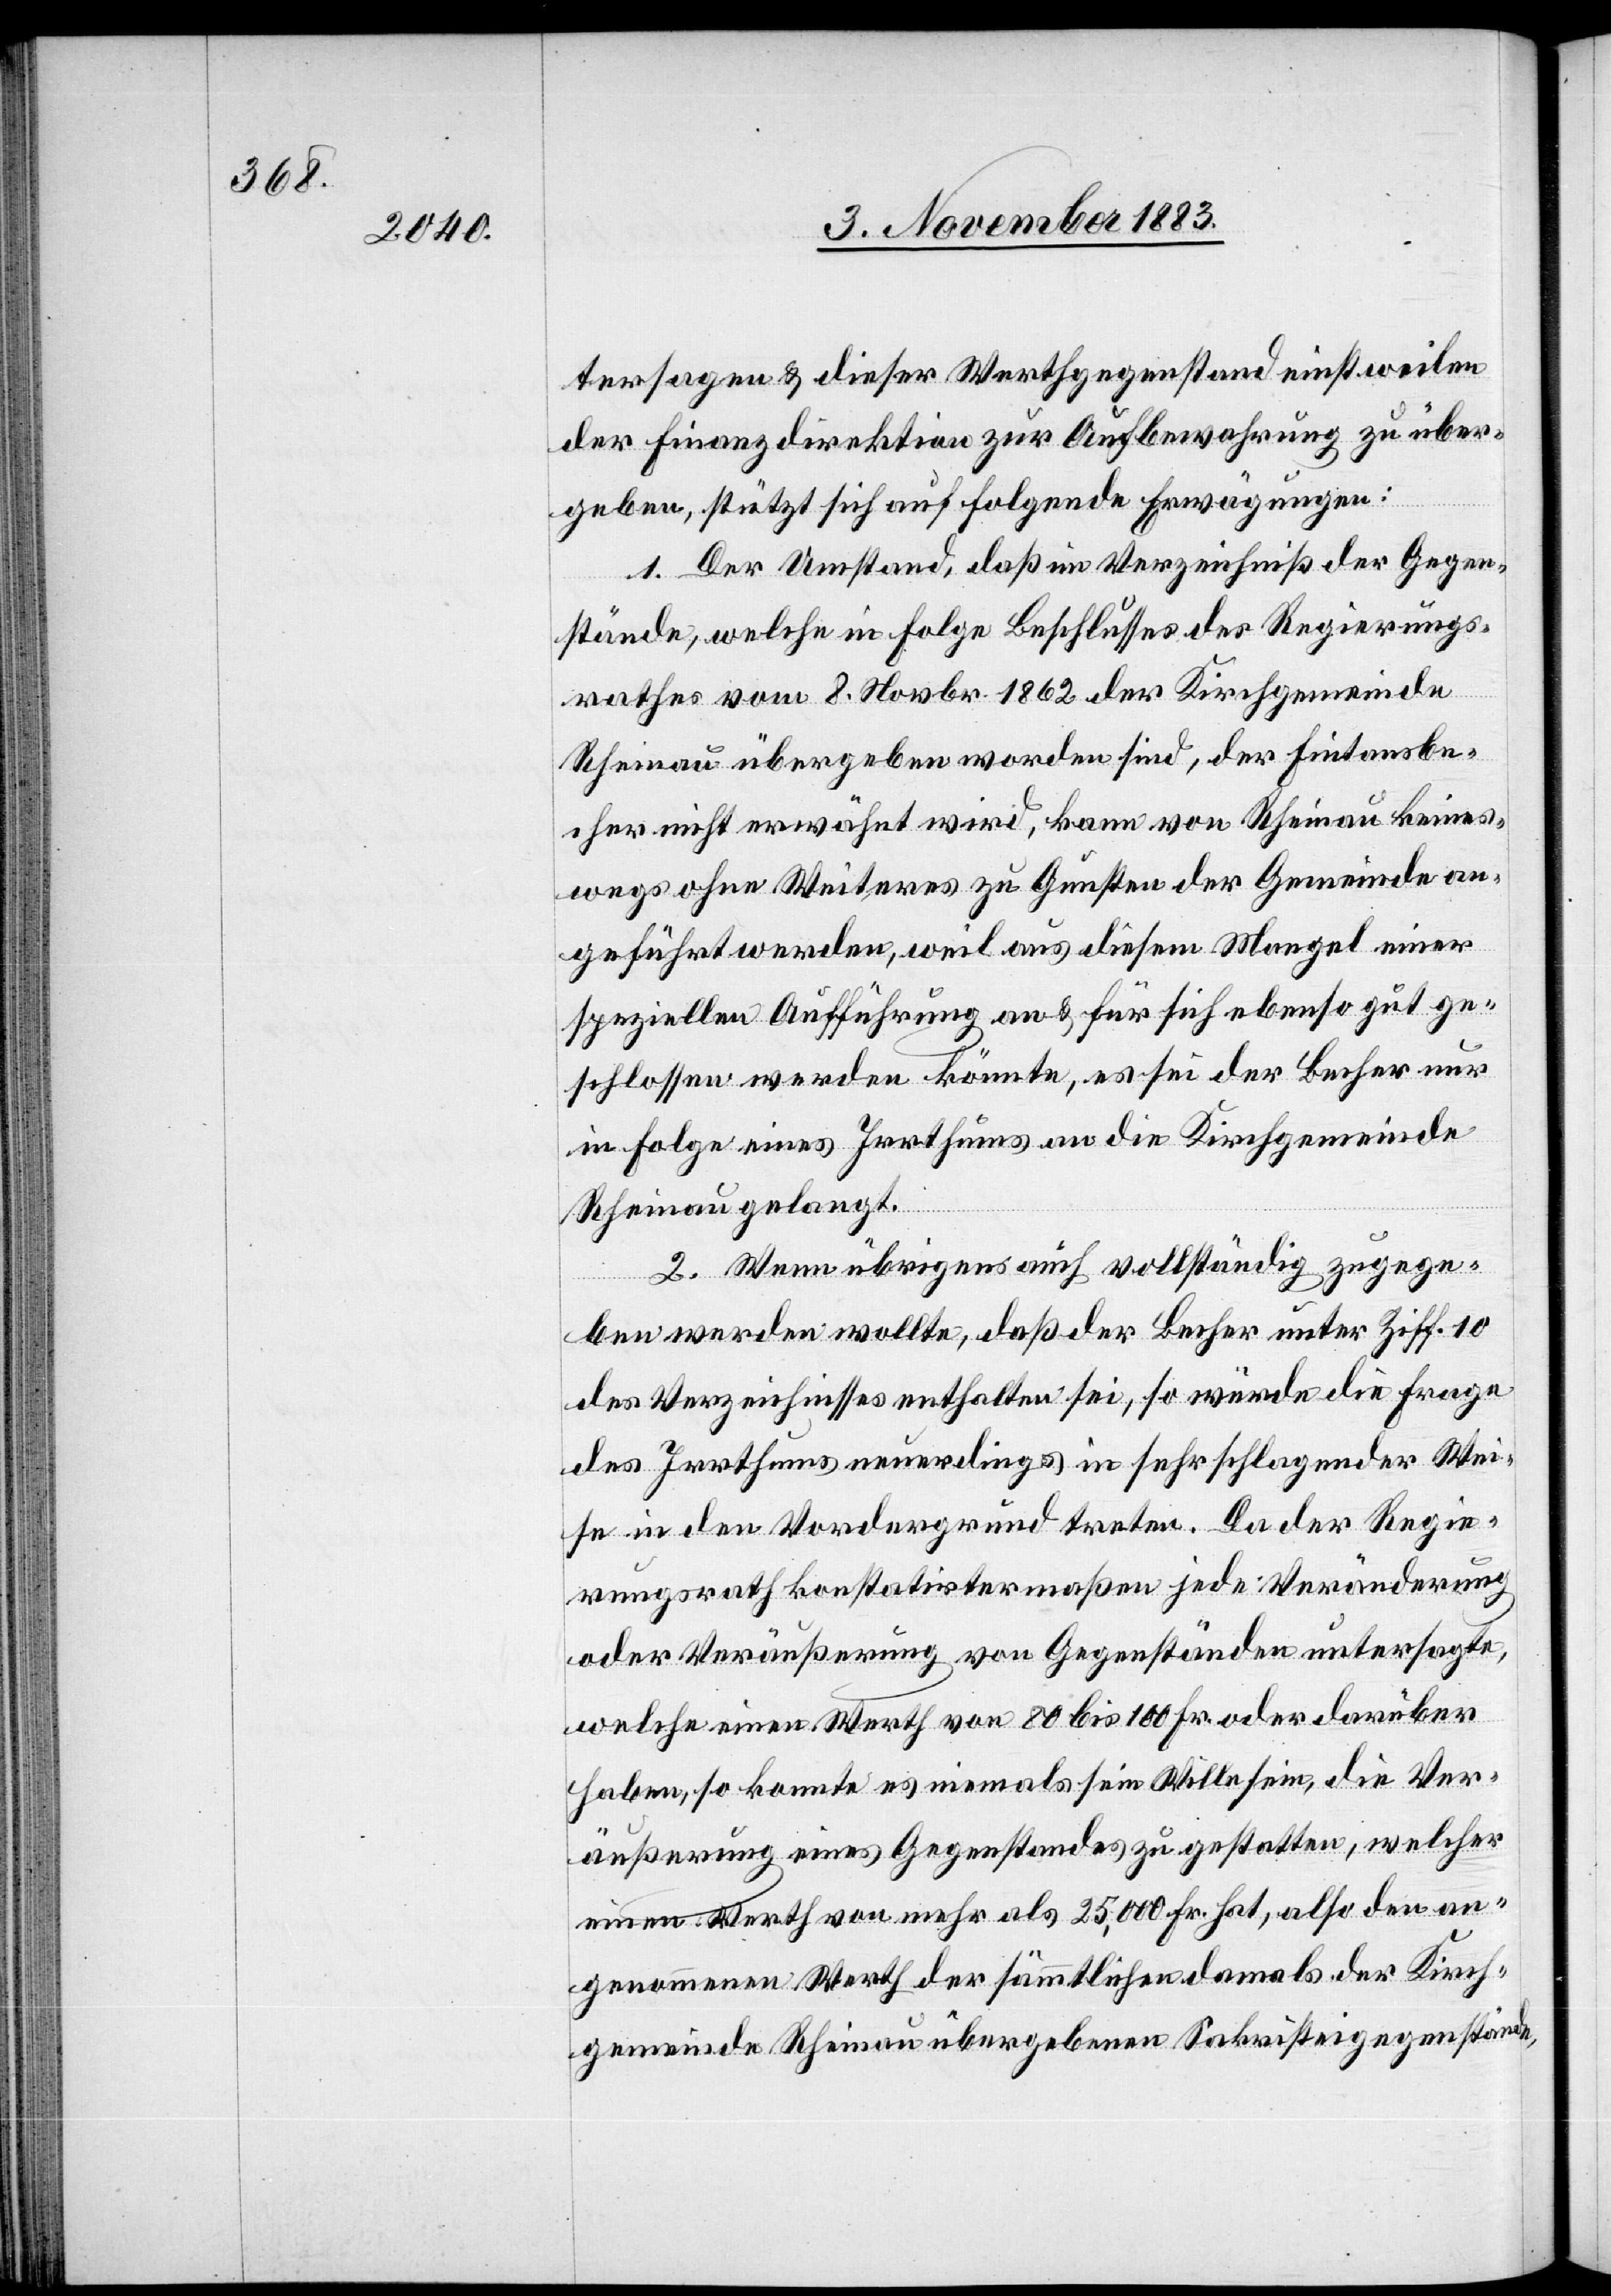
tersagen & dieser Werthgegenstand einstweilen
der Finanzdirektion zur Aufbewahrung zu über¬
geben, stützt sich auf folgende Erwägungen:
1. Der Umstand, daß im Verzeichniß der Gegen¬
stände, welche in Folge Beschlusses des Regierungs¬
rathes vom 8. Novbr. 1862 der Kirchgemeinde
Rheinau übergeben worden sind, der Fintansbe¬
cher nicht erwähnt wird, kann von Rheinau keines¬
wegs ohne Weiteres zu Gunsten der Gemeinde an¬
geführt werden, weil aus diesem Mangel einer
speziellen Aufführung an & für sich ebenso gut ge¬
schlossen werden könnte, es sei der Becher nur
in Folge eines Irrthums an die Kirchgemeinde
Rheinau gelangt.
2. Wenn übrigens auch vollständig zuge¬
ben werden wollte, daß der Becher unter Ziff. 10
des Verzeichnissies enthalten sei, so würde die Frage
des Irrthums neuerdings in sehr schlagender Wei¬
se in der Vordergrund treten. Da der Regie¬
rungsrath konstatirtermaßen jede Veränderung
oder Veräußerung von Gegenständen untersagte,
welche einen Werth von 80 bis 100 Fr. oder darüber
haben, so konnte es niemals sein Wille sein, die Ver¬
äußerung eines Gegenstandes zu gestatten, welcher
einen Werth von mehr als 25,000 Fr. hat, also den an¬
genommenen Werth der sämmtlichen damals der Kirch¬
gemeinde Rheinau übergebenen Sakristeigegenstände,